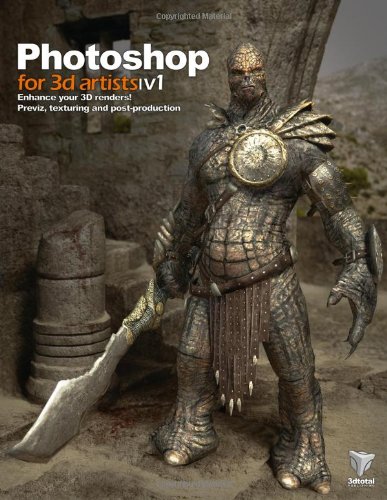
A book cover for Photoshop for 3D Artists, Vol. 1; Andrzej Sykut; Computers & Technology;